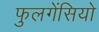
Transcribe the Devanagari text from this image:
फुलगेंसियो